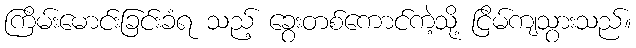
ကြိမ်းမောင်းခြင်းခံရ သည့် ခွေးတစ်ကောင်ကဲ့သို့ ငြိမ်ကျသွားသည်။